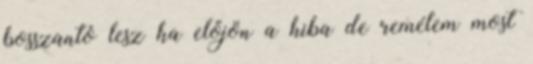
bosszantó lesz ha előjön a hiba de remélem most